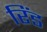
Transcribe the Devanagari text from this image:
रिंड